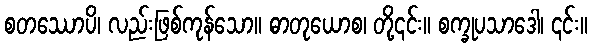
စတဿောပိ၊ လည်းဖြစ်ကုန်သော။ ဓာတုယောစ၊ တို့၎င်း။ စက္ခုပသာဒေါ၊ ၎င်း။